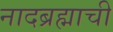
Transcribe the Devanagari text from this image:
नादब्रह्माची